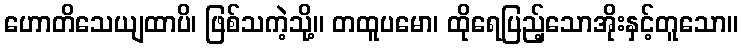
ဟောတိသေယျထာပိ၊ ဖြစ်သကဲ့သို့။ တထူပမော၊ ထိုရေပြည့်သောအိုးနှင့်တူသော။